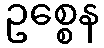
ဥစ္စေန